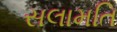
સલામતિ